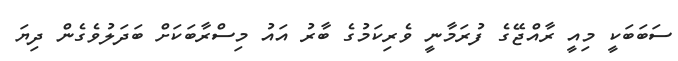
ސަބަބަކީ މިއީ ރާއްޖޭގެ ފުރަމާނީ ވެރިކަމުގެ ބާރު އައު މިސްރާބަކަށް ބަދަލުވެގެން ދިޔަ